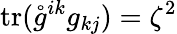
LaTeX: \mathrm{tr}(\mathring{g}^{ik}g_{kj})=\zeta^{2}